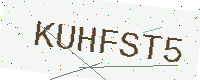
Text: KUHFST5